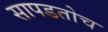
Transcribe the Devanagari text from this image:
सापडतोच